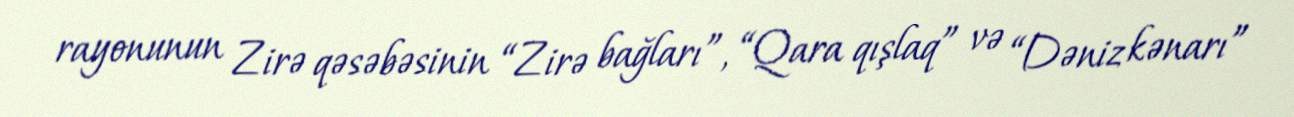
rayonunun Zirə qəsəbəsinin “Zirə bağları”, “Qara qışlaq” və “Dəniz kənarı”